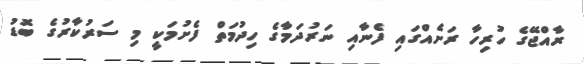
ރާއްޖޭގެ ހުރިހާ ރަށެއްގައި ފެނާއި ނަރުދަމާގެ ހިދުމަތް ފެށުމަކީ މި ސަރުކާރުގެ ބޮޑު